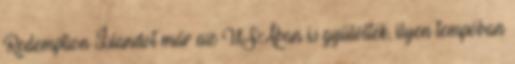
Redemption Islandot már az USAban is gyűlölték, ilyen tempóban